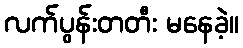
လက်ပွန်းတတီး မနေခဲ့။